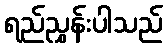
ရည်ညွှန်းပါသည်